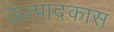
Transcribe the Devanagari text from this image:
ऊत्पादकास